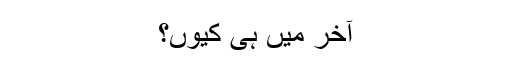
آخر میں ہی کیوں؟